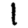
Digit: 1